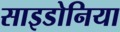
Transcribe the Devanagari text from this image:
साइडोनिया